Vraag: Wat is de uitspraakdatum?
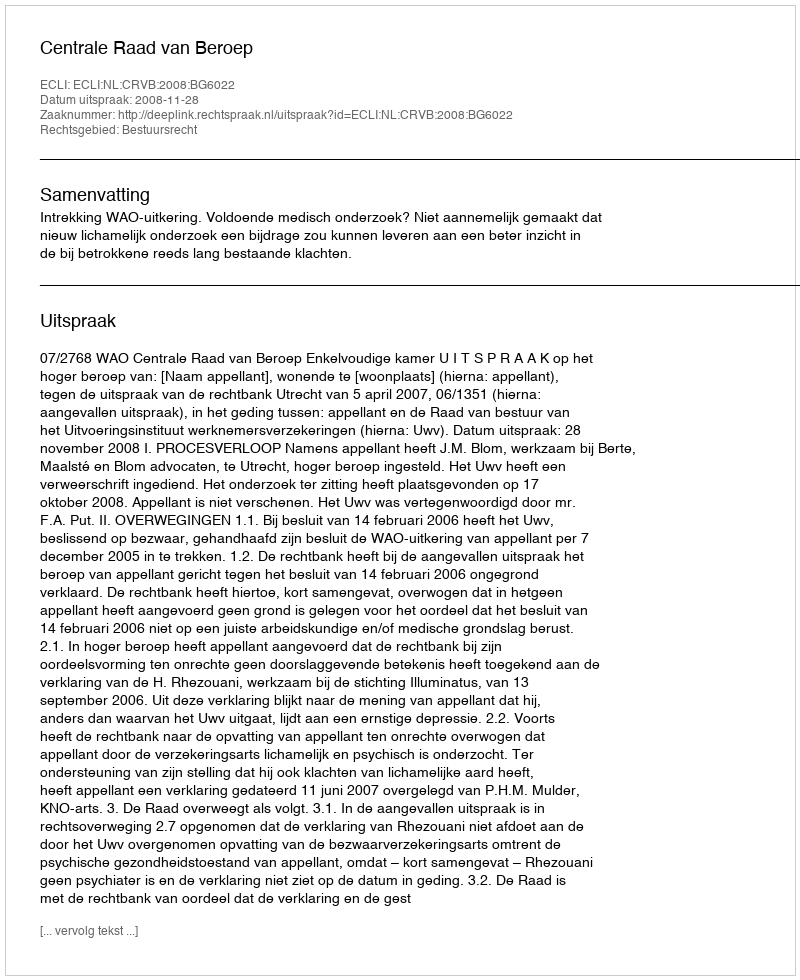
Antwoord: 2008-11-28